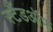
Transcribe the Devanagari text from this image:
स्टैंडऑफ